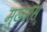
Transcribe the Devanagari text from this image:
मुख्यरस